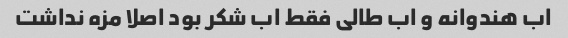
اب هندوانه و اب طالی فقط اب شکر بود اصلا مزه نداشت